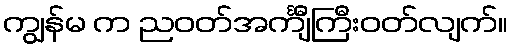
ကျွန်မ က ညဝတ်အင်္ကျီကြီးဝတ်လျက်။